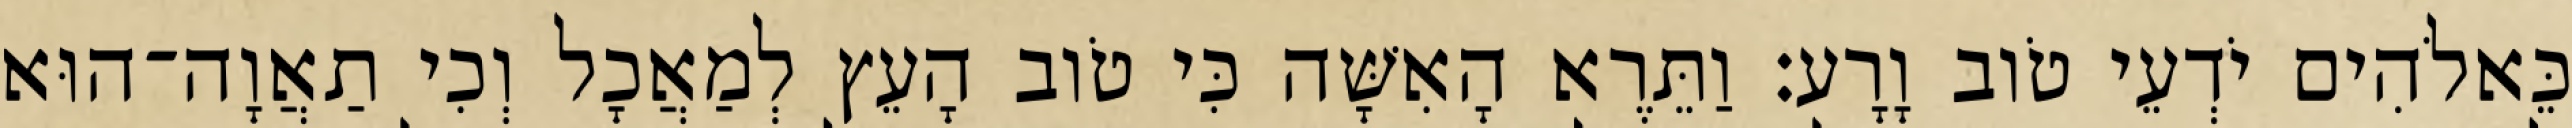
כֵּאלֹהִים יֹדְעֵי טֹוב וָרָע׃ וַתֵּרֶא הָאִשָּׁה כִּי טֹוב הָעֵץ לְמַאֲכָל וְכִי תַאֲוָה־הוּא